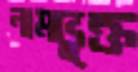
নামভুক্ত